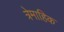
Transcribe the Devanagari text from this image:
त्रेमाहिक